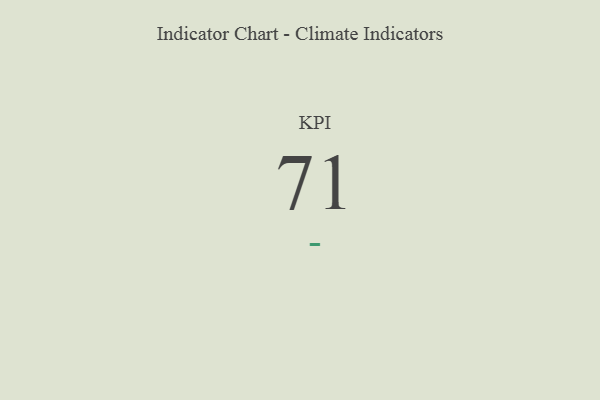
{"axis": {"x": "KPI", "y": "Value"}, "legend": [""], "data": [{"x": "KPI", "y": 71, "type": ""}]}